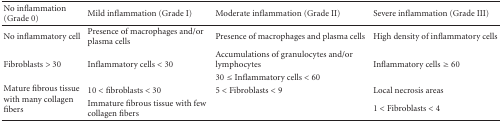
| No inflammation (Grade 0) | Mild inflammation (Grade I) | Moderate inflammation (Grade II) | Severe inflammation (Grade III) |
 | --- | --- | --- | --- |
 | No inflammatory cell | Presence of macrophages and/or plasma cells | Presence of macrophages and plasma cells | High density of inflammatory cells |
 | <ROWSPAN=2> Fibroblasts > 30 | <ROWSPAN=2> Inflammatory cells < 30 | Accumulations of granulocytes and/or lymphocytes | <ROWSPAN=2> Inflammatory cells ≥ 60 |
 | 30 ≤ Inflammatory cells < 60 |
 | <ROWSPAN=2> Mature fibrous tissue with many collagen fibers | 10 < fibroblasts < 30 | 5 < Fibroblasts < 9 | Local necrosis areas |
 | Immature fibrous tissue with few collagen fibers |  | 1 < Fibroblasts < 4 |